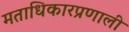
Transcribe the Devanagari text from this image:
मताधिकारप्रणाली